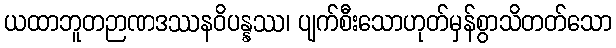
ယထာဘူတဉာဏဒဿနဝိပန္နဿ၊ ပျက်စီးသောဟုတ်မှန်စွာသိတတ်သော